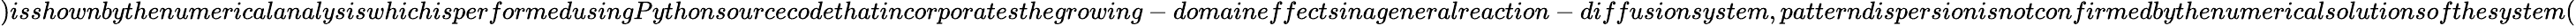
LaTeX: )isshownbythenumericalanalysiswhichisperformedusingPythonsourcecodethatincorporatesthegrowing-domaineffectsinageneralreaction-diffusionsystem,patterndispersionisnotconfirmedbythenumericalsolutionsofthesystem(